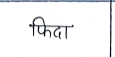
मजकूर: फिदा